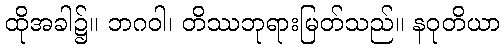
ထိုအခါ၌။ ဘဂဝါ၊ တိဿဘုရားမြတ်သည်။ နဝုတိယာ